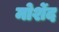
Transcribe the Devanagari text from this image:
मोर्शेद